Plague in India, 1896, 1897 - Volume 3
Year: 1896
Disease focus: Plague
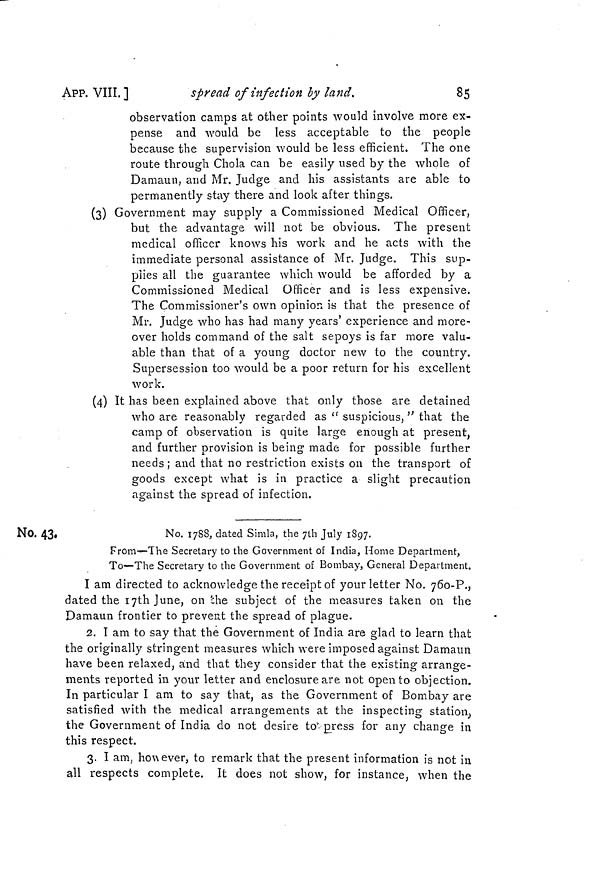
85
APP. VIII. ]
spread of infection by land.
observation camps at other points would involve more ex-
pense and would be less acceptable to the people
because the supervision would be less efficient. The one
route through Chola can be easily used by the whole of
Damaun, and Mr. Judge and his assistants are able to
permanently stay there and look after things.
(3) Government may supply a Commissioned Medical Officer,
but the advantage will not be obvious. The present
medical officer knows his work and he acts with the
immediate personal assistance of Mr. Judge. This sup-
plies all the guarantee which would be afforded by a
Commissioned Medical Officer and is less expensive.
The Commissioner's own opinion is that the presence of
Mr. Judge who has had many years' experience and more-
over holds command of the salt sepoys is far more valu-
able than that of a young doctor new to the country.
Supersession too would be a poor return for his excellent
work.
(4) It has been explained above that only those are detained
who are reasonably regarded as " suspicious, " that the
camp of observation is quite large enough at present,
and further provision is being made for possible further
needs ; and that no restriction exists on the transport of
goods except what is in practice a slight precaution
against the spread of infection.
No. 43,
No. 1788, dated Simla, the 7th July 1897.
From—The Secretary to the Government of India, Home Department,
To—The Secretary to the Government of Bombay, General Department.
I am directed to acknowledge the receipt of your letter No. 76o-P.,
dated the 17th June, on the subject of the measures taken on the
Damaun frontier to prevent the spread of plague.
2. I am to say that the Government of India are glad to learn that
the originally stringent measures which were imposed against Damaun
have been relaxed, and that they consider that the existing arrange-
ments reported in your letter and enclosure are not open to objection.
In particular I am to say that, as the Government of Bombay are
satisfied with the medical arrangements at the inspecting station,
the Government of India do not desire to-press for any change in
this respect.
3. I am, however, to remark that the present information is not in
all respects complete. It does not show, for instance, when the